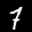
Label: 7